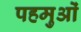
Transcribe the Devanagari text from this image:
पहमुओं